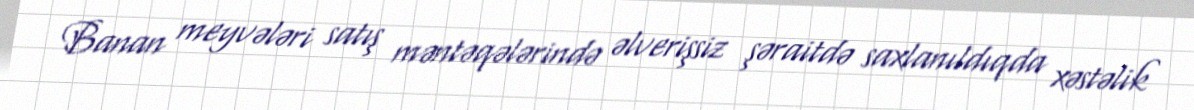
Banan meyvələri satış məntəqələrində əlverişsiz şəraitdə saxlanıldıqda xəstəlik